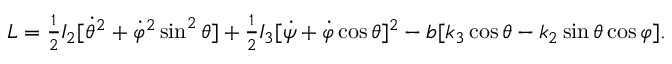
\begin{array} { r } { L = \frac 1 2 I _ { 2 } [ \dot { \theta } ^ { 2 } + \dot { \varphi } ^ { 2 } \sin ^ { 2 } \theta ] + \frac 1 2 I _ { 3 } [ \dot { \psi } + \dot { \varphi } \cos \theta ] ^ { 2 } - b [ k _ { 3 } \cos \theta - k _ { 2 } \sin \theta \cos \varphi ] . } \end{array}